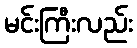
မင်းကြီးလည်း